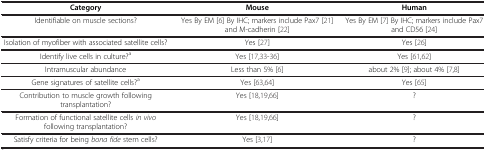
<table><thead><tr><td><b>Category</b></td><td><b>Mouse</b></td><td><b>Human</b></td></tr></thead><tbody><tr><td>Identifiable on muscle sections?</td><td>Yes By EM [6] By IHC; markers include Pax7 [21] and M-cadherin [22]</td><td>Yes By EM [7] By IHC; markers include Pax7 and CD56 [24]</td></tr><tr><td>Isolation of myofiber with associated satellite cells?</td><td>Yes [27]</td><td>Yes [26]</td></tr><tr><td>Identify live cells in culture?<sup>a</sup></td><td>Yes [17,33-36]</td><td>Yes [61,62]</td></tr><tr><td>Intramuscular abundance</td><td>Less than 5% [6]</td><td>about 2% [9]; about 4% [7,8]</td></tr><tr><td>Gene signatures of satellite cells?<sup>a</sup></td><td>Yes [63,64]</td><td>Yes [65]</td></tr><tr><td>Contribution to muscle growth following transplantation?</td><td>Yes [18,19,66]</td><td>?</td></tr><tr><td>Formation of functional satellite cells <i>in vivo</i> following transplantation?</td><td>Yes [18,19,66]</td><td>?</td></tr><tr><td>Satisfy criteria for being <i>bona fide</i> stem cells?</td><td>Yes [3,17]</td><td>?</td></tr></tbody></table>